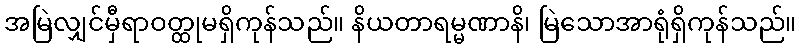
အမြဲလျှင်မှီရာဝတ္ထုမရှိကုန်သည်။ နိယတာရမ္မဏာနိ၊ မြဲသောအာရုံရှိကုန်သည်။